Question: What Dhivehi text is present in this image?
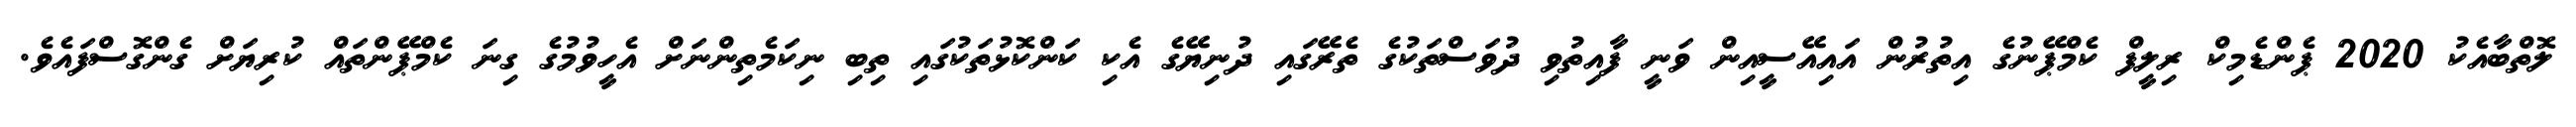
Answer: ލޮތްބާއެކު 2020 ޕެންޑެމިކް ރިލީފް ކެމްޕޭނުގެ އިތުރުން އައިއޭސީއިން ވަނީ ފާއިތުވި ދުވަސްތަކުގެ ތެރޭގައި ދުނިޔޭގެ އެކި ކަންކޮޅުތަކުގައި ތިބި ނިކަމެތިންނަށް އެހީވުމުގެ ގިނަ ކެމްޕޭންތައް ކުރިޔަށް ގެންގޮސްފައެވެ.